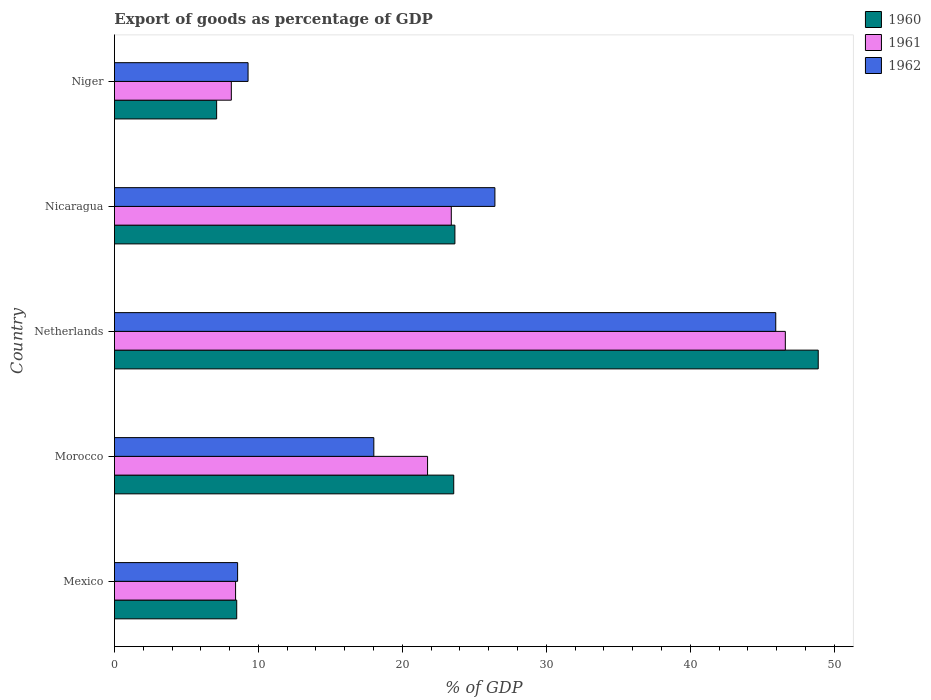
| Country | 1960 | 1961 | 1962 |
 | --- | --- | --- | --- |
 | Mexico | 8.49 | 8.42 | 8.56 |
 | Morocco | 23.6 | 21.8 | 18 |
 | Netherlands | 48.9 | 46.6 | 45.9 |
 | Nicaragua | 23.7 | 23.4 | 26.4 |
 | Niger | 7.1 | 8.12 | 9.28 |